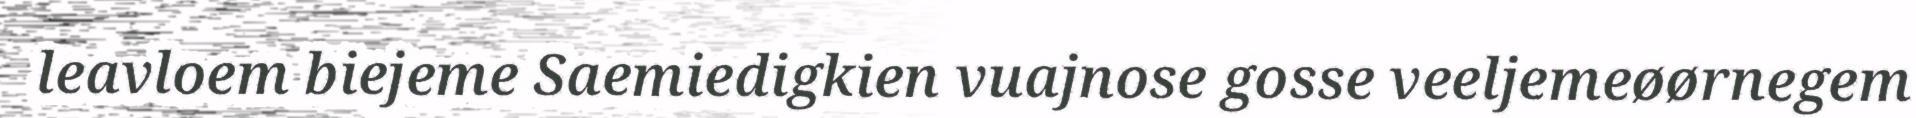
leavloem biejeme Saemiedigkien vuajnose gosse veeljemeøørnegem